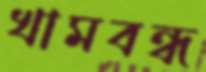
খামবন্ধ